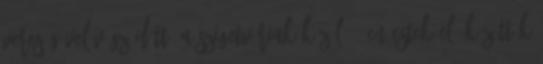
vereségével végződött. A szigetváriak közül 11-en estek el, közöttük